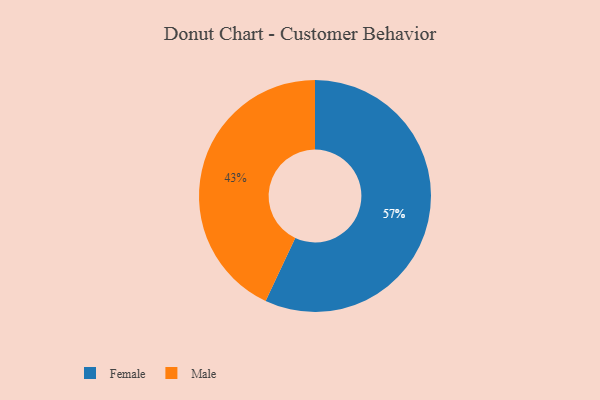
{"axis": {"x": "Category", "y": "Percentage"}, "legend": ["Female", "Male"], "data": [{"x": "Male", "y": 43, "type": "Male"}, {"x": "Female", "y": 57, "type": "Female"}]}